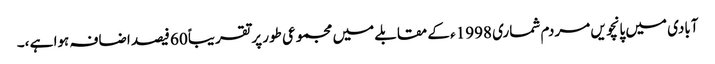
آبادی میں پانچویں مردم شماری 1998ء کے مقابلے میں مجموعی طور پرتقریباً 60 فیصد اضافہ ہوا ہے ،۔